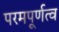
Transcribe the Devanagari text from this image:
परमपूर्णत्व